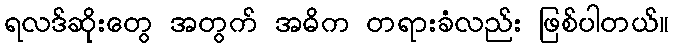
ရလဒ်ဆိုးတွေ အတွက် အဓိက တရားခံလည်း ဖြစ်ပါတယ်။